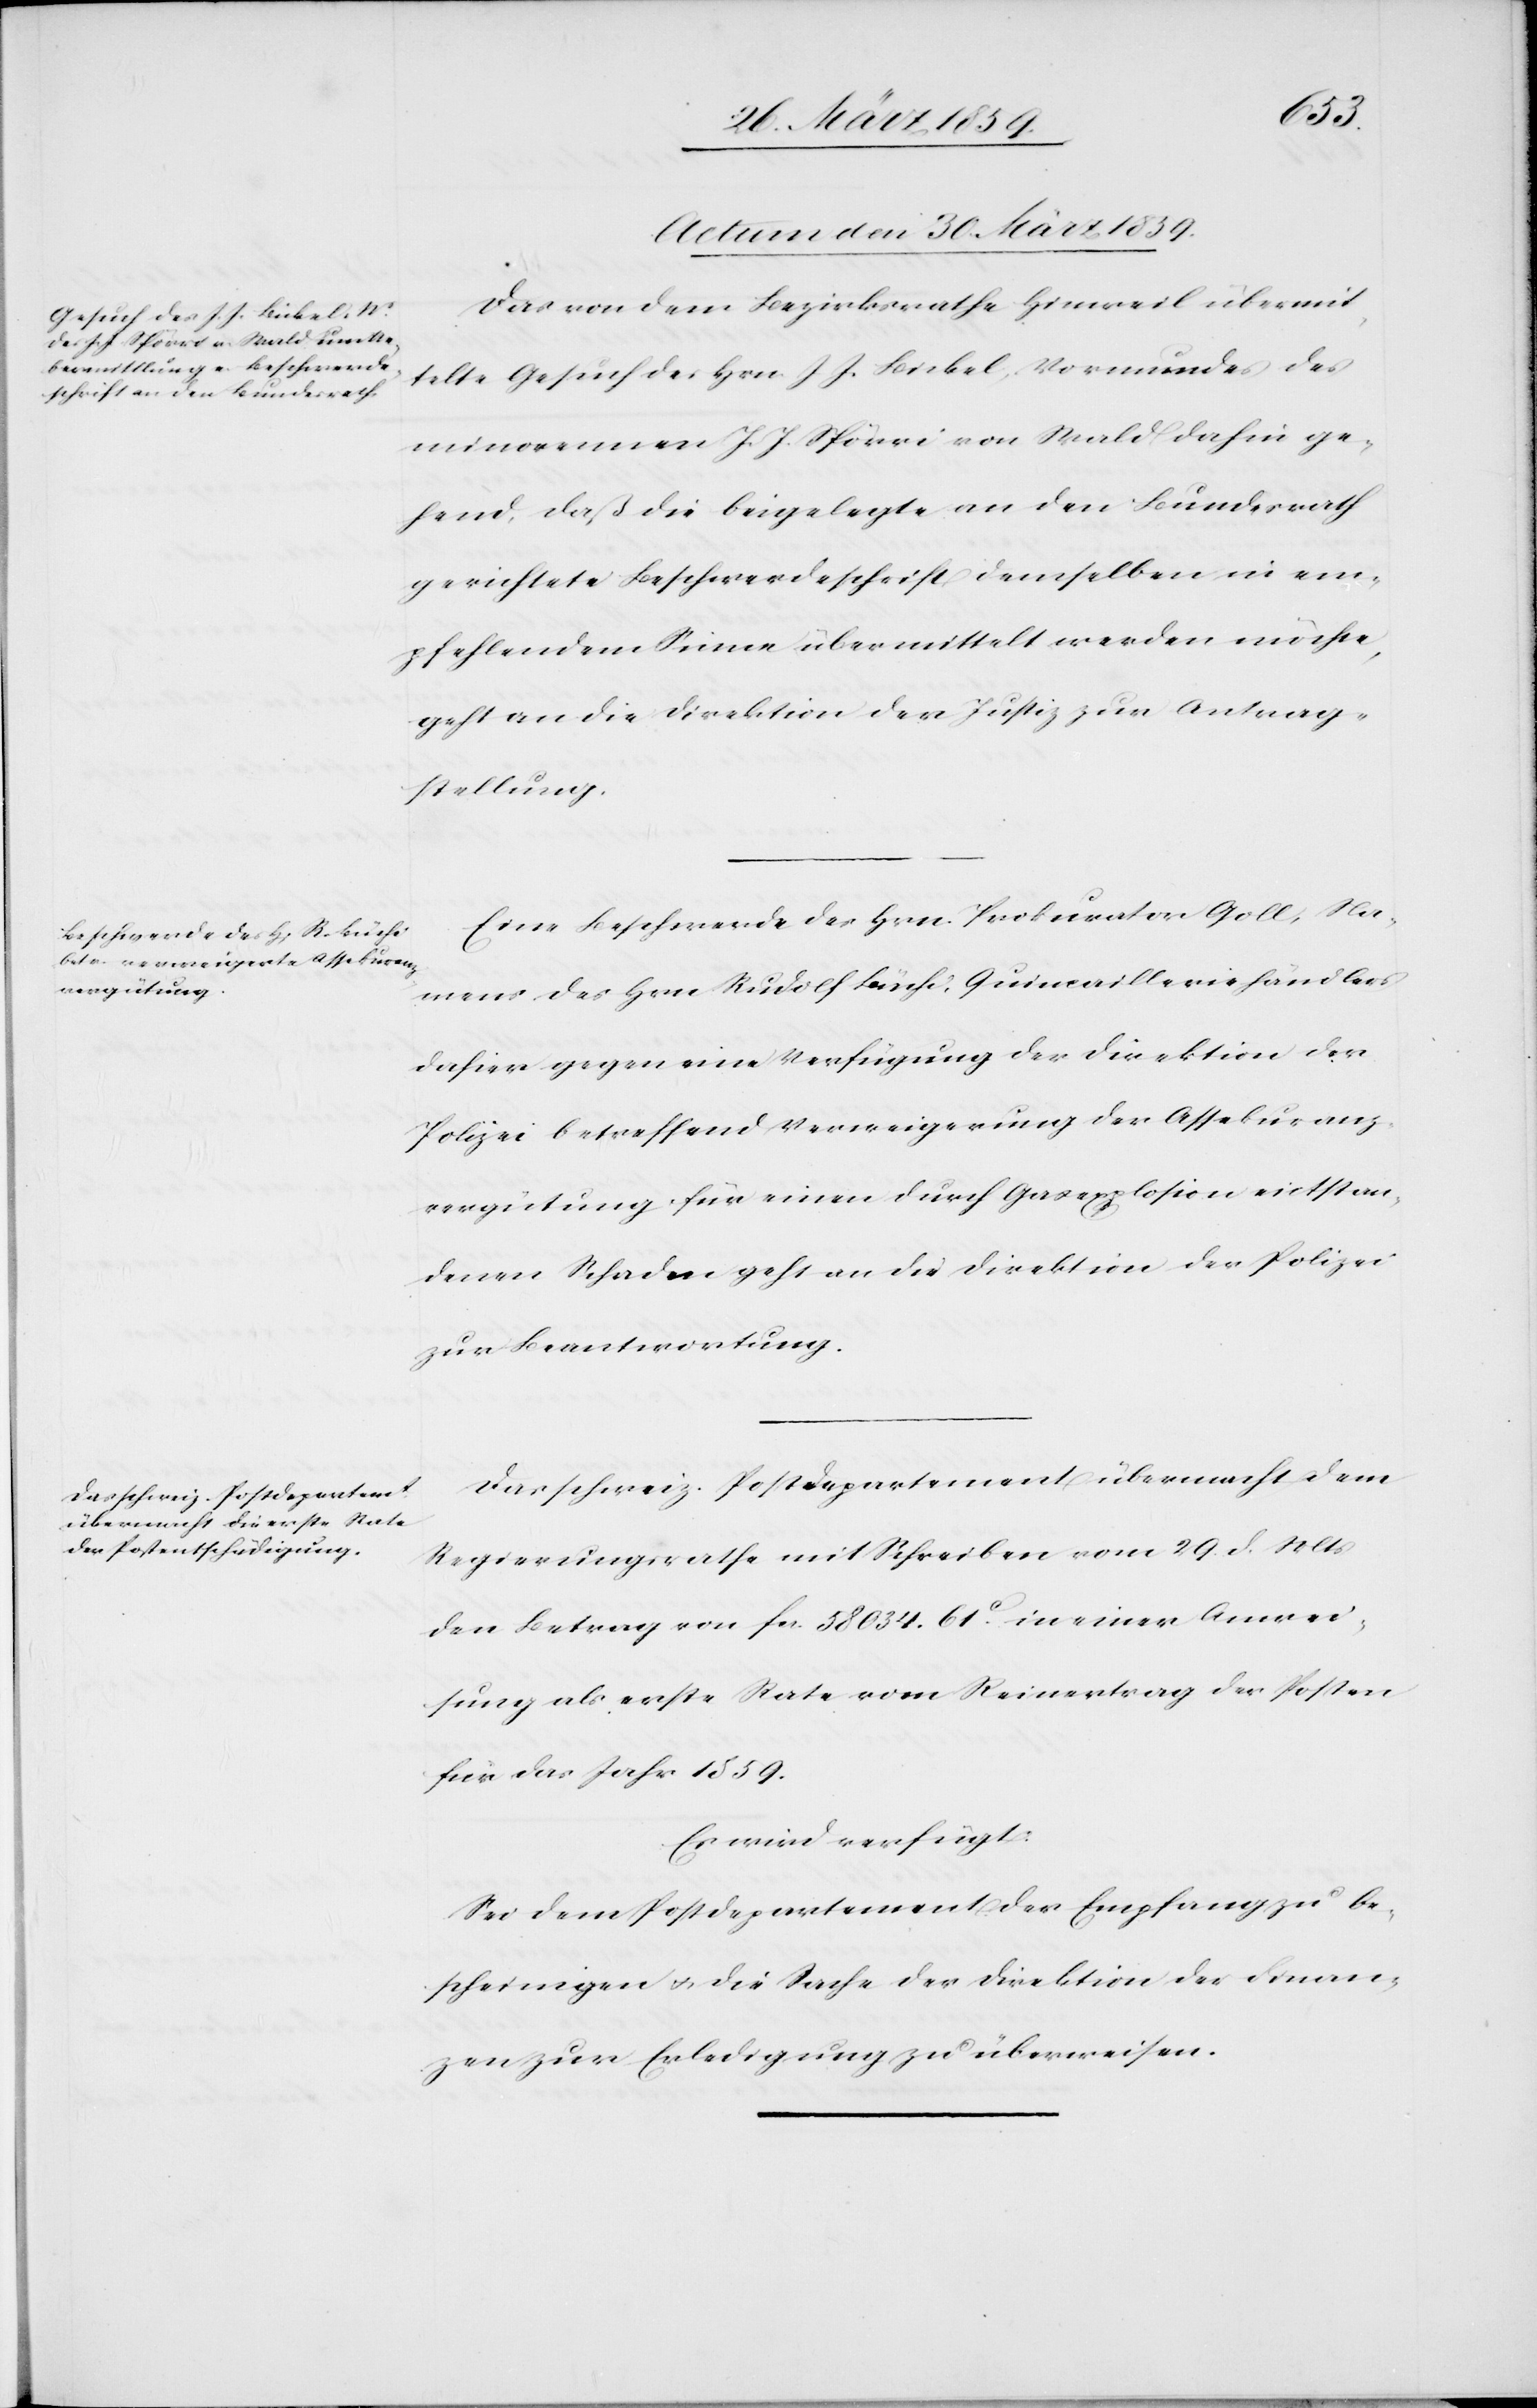
Actum den 30. März 1859.]
Das von dem Bezirksrathe Hinweil übermit¬
telte Gesuch des Hrn. J. J. Bickel, Vormundes des
minorennen J. J. Spörri von Wald dahin ge¬
hend, daß die beigelegte an den Bundesrath
gerichtete Beschwerdeschrift demselben in em¬
pfehlendem Sinne übermittelt werden möchte,
geht an die Direktion der Justiz zur Antrag¬
stellung.
Eine Beschwerde des Hrn. Prokurator Goll, Na¬
mens des Hrn Rudolf Büchi, Quincailleriehändlers
dahier gegen eine Verfügung der Direktion der
Polizei betreffend Verweigerung der Assekuranz¬
vergütung für einen durch Gasexplosion entstan¬
denen Schaden geht an die Direktion der Polizei
zur Beantwortung.
Das schweiz. Postdepartement übermacht dem
Regierungsrathe mit Schreiben vom 29. d. Mts
den Betrag von fcs. 58 034. 61c. in einer Anwei¬
sung als erste Rate vom Reinertrag der Posten
für das Jahr 1859.
Es wird verfügt:
Sei dem Postdepartement der Empfang zu be¬
scheinigen u. die Sache der Direktion der Finan¬
zen zur Erledigung zu überweisen.